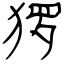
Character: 猡